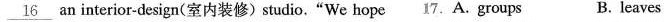
\underline{16} an interior-design(室内装修) studio."We hope 17.A.groups B. leaves